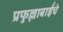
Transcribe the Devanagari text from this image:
प्रफुल्लाबाईंचे